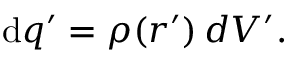
\mathrm { d } q ^ { \prime } = \rho ( { \boldsymbol { r ^ { \prime } } } ) \, d V ^ { \prime } .